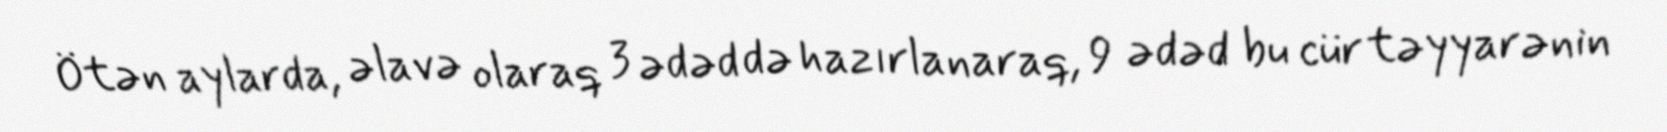
Ötən aylarda, əlavə olaraq 3 ədəd də hazırlanaraq, 9 ədəd bu cür təyyarənin